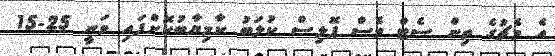
އެ މެޗުގެ ތިން ސެޓް ވެސް ޕޮލިސް ކުލަބު ކާމިޔާބުކޮށްފައި ވަނީ 25-15